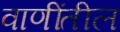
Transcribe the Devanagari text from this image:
वाणींतील